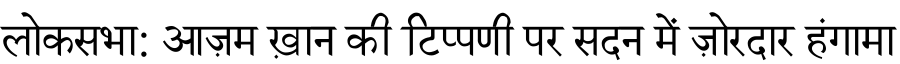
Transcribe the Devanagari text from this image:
लोकसभा: आज़म ख़ान की टिप्पणी पर सदन में ज़ोरदार हंगामा